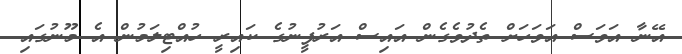
އޭނާ އަވަސް އަވަހަށް ތެދުވެގެން އައިސް އަރުފީނުގެ ކައިރީ ހުއްޓިލަމުން އެ މޫނުގައި